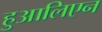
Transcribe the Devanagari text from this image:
हुआलिएन